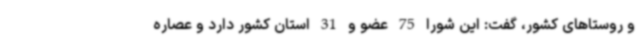
و روستاهای کشور، گفت: این شورا 75 عضو و 31 استان کشور دارد و عصاره